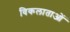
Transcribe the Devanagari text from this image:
विकलाताओं